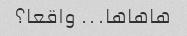
هاهاها... واقعا؟